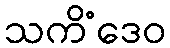
သကိံဒေဝ